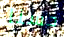
حسنا